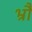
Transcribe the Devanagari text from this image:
भ्रौं